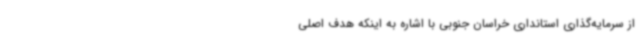
از سرمایه‌گذاری استانداری خراسان جنوبی با اشاره به اینکه هدف اصلی